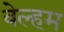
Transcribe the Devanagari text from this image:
वेल्हम